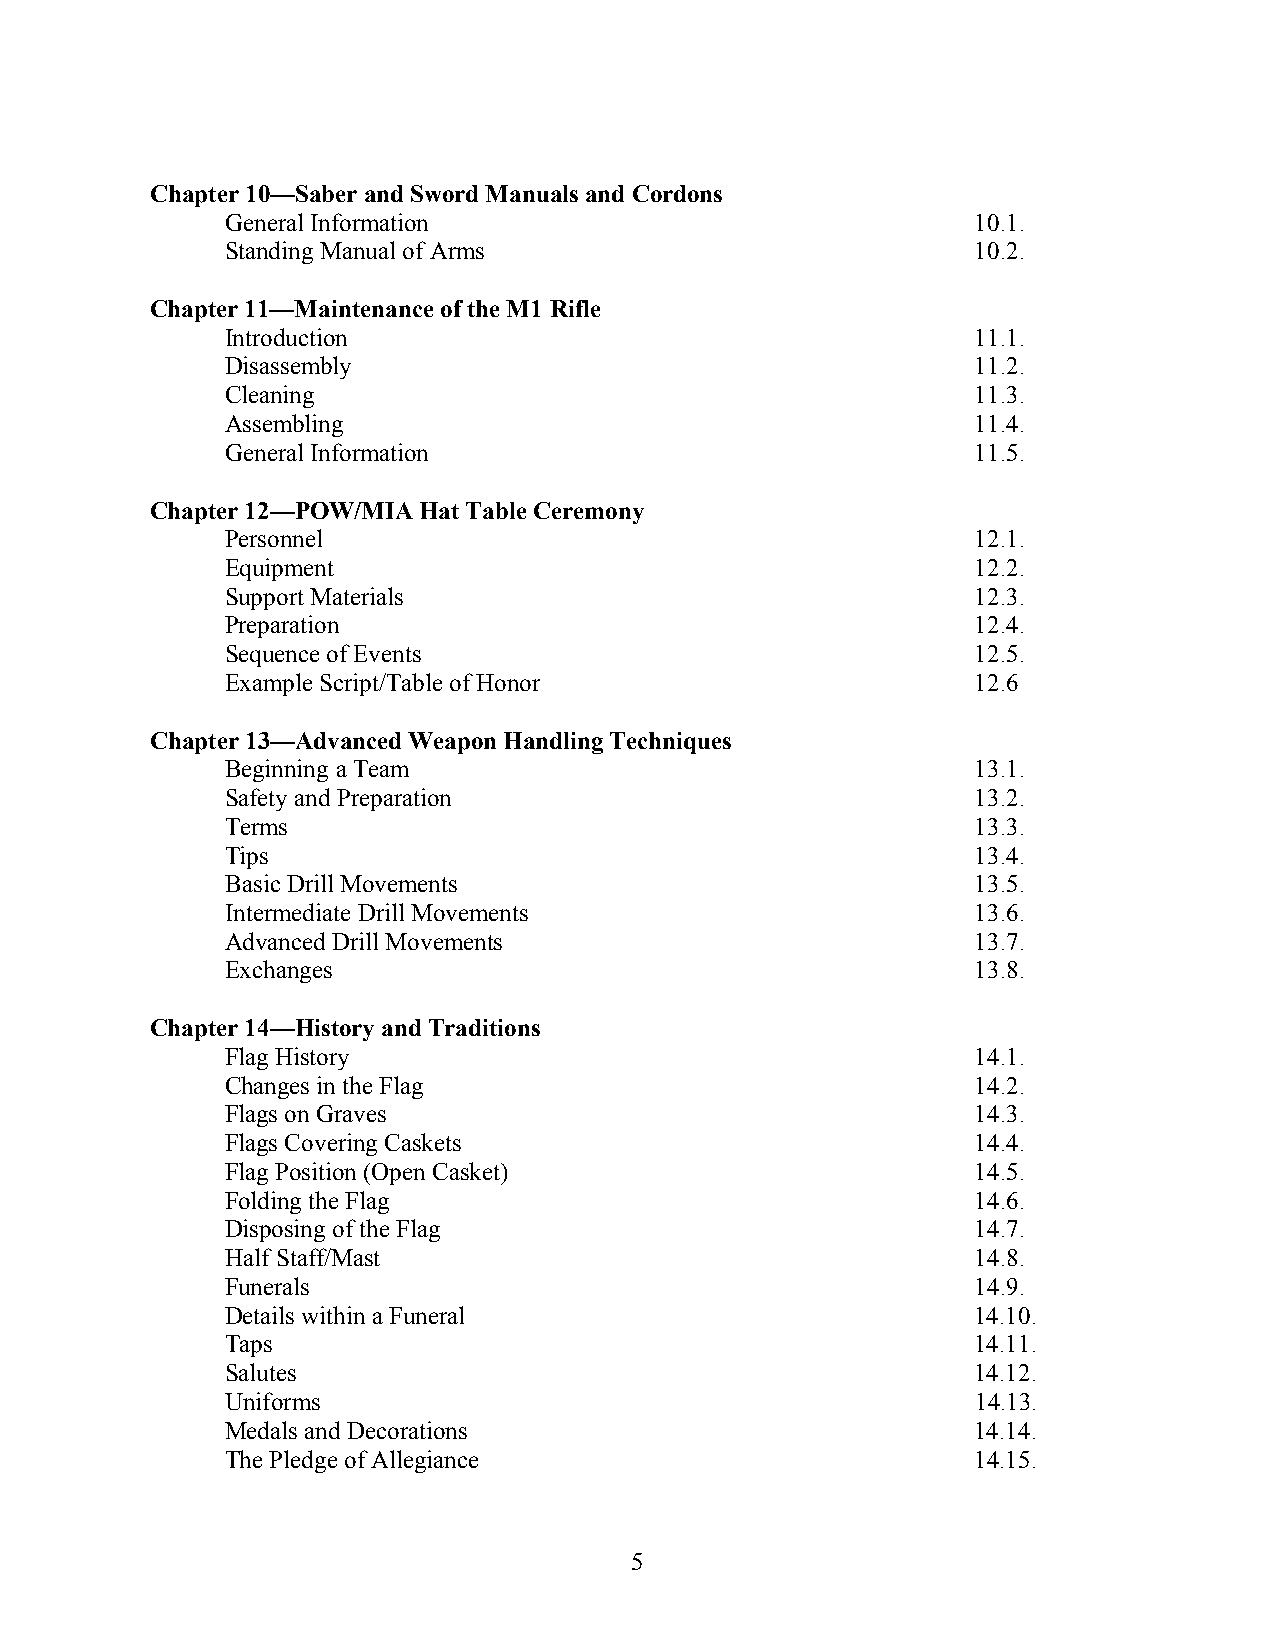
Chapter 10—Saber and Sword Manuals and Cordons
 General Information                               10.1.
 Standing Manual of Arms                           10.2.
 Chapter 11—Maintenance of the M1 Rifle
 Introduction                                      11.1.
 Disassembly                                       11.2.
 Cleaning                                          11.3.
 Assembling                                        11.4.
 General Information                               11.5.
 Chapter 12—POW/MIA Hat Table Ceremony
 Personnel                                         12.1.
 Equipment                                         12.2.
 Support Materials                                 12.3.
 Preparation                                       12.4.
 Sequence of Events                                12.5.
 Example Script/Table of Honor                     12.6
 Chapter 13—Advanced Weapon Handling Techniques
 Beginning a Team                                  13.1.
 Safety and Preparation                            13.2.
 Terms                                             13.3.
 Tips                                              13.4.
 Basic Drill Movements                             13.5.
 Intermediate Drill Movements                      13.6.
 Advanced Drill Movements                          13.7.
 Exchanges                                         13.8.
 Chapter 14—History and Traditions
 Flag History                                      14.1.
 Changes in the Flag                               14.2.
 Flags on Graves                                   14.3.
 Flags Covering Caskets                            14.4.
 Flag Position (Open Casket)                       14.5.
 Folding the Flag                                  14.6.
 Disposing of the Flag                             14.7.
 Half Staff/Mast                                   14.8.
 Funerals                                          14.9.
 Details within a Funeral                          14.10.
 Taps                                              14.11.
 Salutes                                           14.12.
 Uniforms                                          14.13.
 Medals and Decorations                            14.14.
 The Pledge of Allegiance                          14.15.
 5